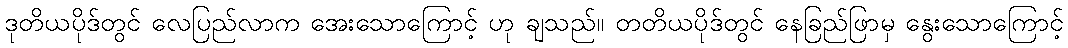
ဒုတိယပိုဒ်တွင် လေပြည်လာက အေးသောကြောင့် ဟု ချသည်။ တတိယပိုဒ်တွင် နေခြည်ဖြာမှ နွေးသောကြောင့်